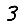
Digit: 3